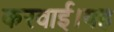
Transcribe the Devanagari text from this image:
करवाई।यह